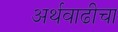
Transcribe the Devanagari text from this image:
अर्थवाढीचा